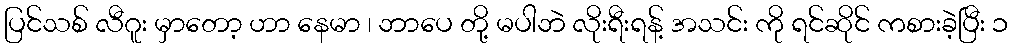
ပြင်သစ် လီဂူး မှာတော့ ဟာ နေမာ ၊ ဘာပေ တို့ မပါဘဲ လိုးရီးရန့် အသင်း ကို ရင်ဆိုင် ကစားခဲ့ပြီး ၁